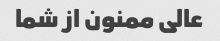
عالی ممنون از شما